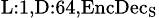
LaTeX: _{\textrm{L}:1,\textrm{D}:64,\textrm{EncDec}_{\textrm{S}}}